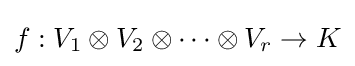
f:V_{1}\otimes V_{2}\otimes \cdots \otimes V_{r}\to K